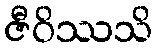
ဇီဝိဿသိ